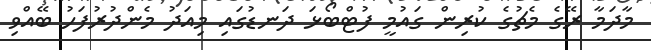
މާދަމާ ރޭގެ މެޗުގެ ކުރިން ގައުމީ ފުޓްބޯޅަ ދަނޑުގައި މިއަދު މެންދުރުފަހު ބޭއްވި